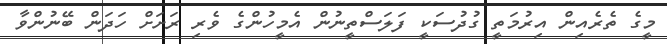
މީގެ ތެރެއިން އިރުމަތީ ގުދުސަކީ ފަލަސްތީނުން އެމީހުންގެ ވެރި ރަށަށް ހަދަން ބޭނުންވާ